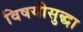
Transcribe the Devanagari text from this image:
विषयीसुद्धा